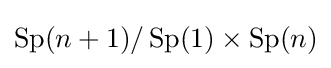
\operatorname {Sp} (n+1)/\operatorname {Sp} (1)\times \operatorname {Sp} (n)